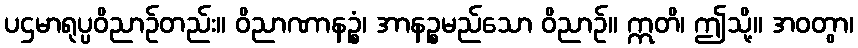
ပဌမာရုပ္ပဝိညာဉ်တည်း။ ဝိညာဏာနဉ္စံ၊ အာနဉ္စမည်သော ဝိညာဉ်။ ဣတိ၊ ဤသို့။ အဝတွာ၊